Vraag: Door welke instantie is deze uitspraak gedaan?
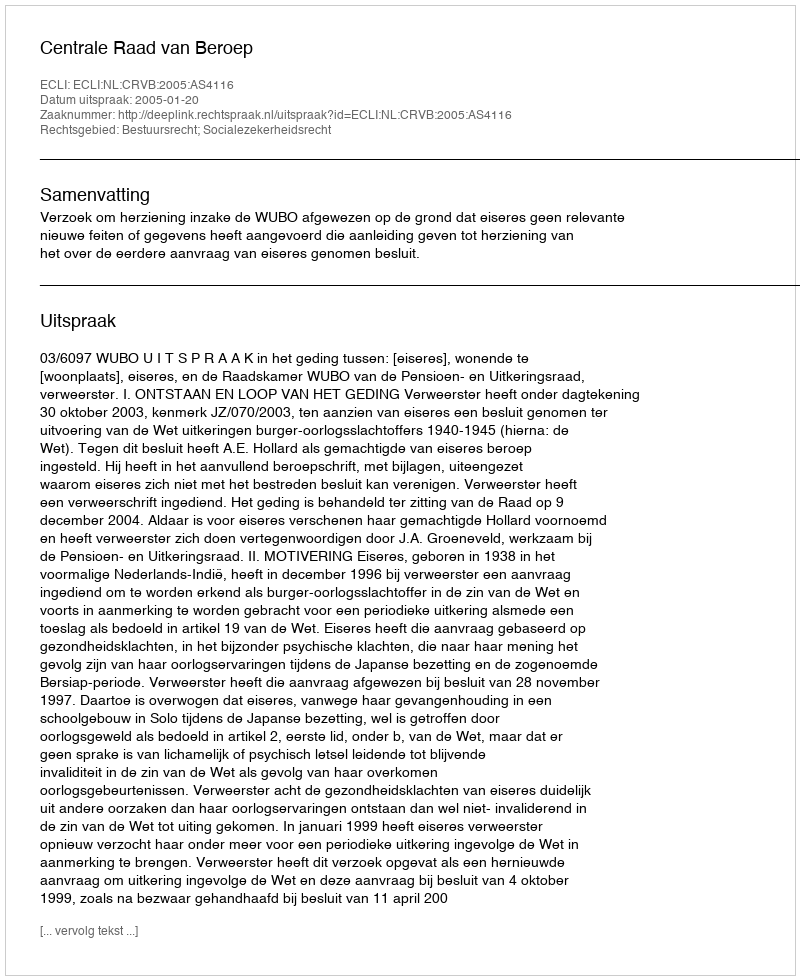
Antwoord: Centrale Raad van Beroep